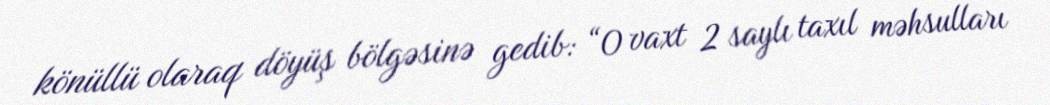
könüllü olaraq döyüş bölgəsinə gedib: “O vaxt 2 saylı taxıl məhsulları